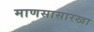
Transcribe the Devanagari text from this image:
माणसासारखा